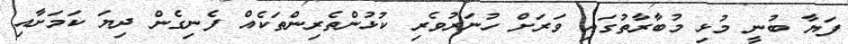
ފަޔާ ބުނީ މުޅި މުބާރާތުގައި ވަރަށް ހުނަރުވެރި ކުޅުންތެރިންތަކެއް ފެނިގެން ދިޔަ ކަމަށާއި